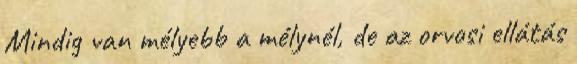
Mindig van mélyebb a mélynél, de az orvosi ellátás